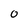
Character: O